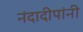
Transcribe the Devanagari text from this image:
नंदादीपांनी